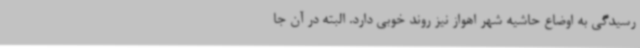
رسیدگی به اوضاع حاشیه شهر اهواز نیز روند خوبی دارد. البته در آن جا